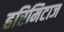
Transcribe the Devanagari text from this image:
हरिमिटाज